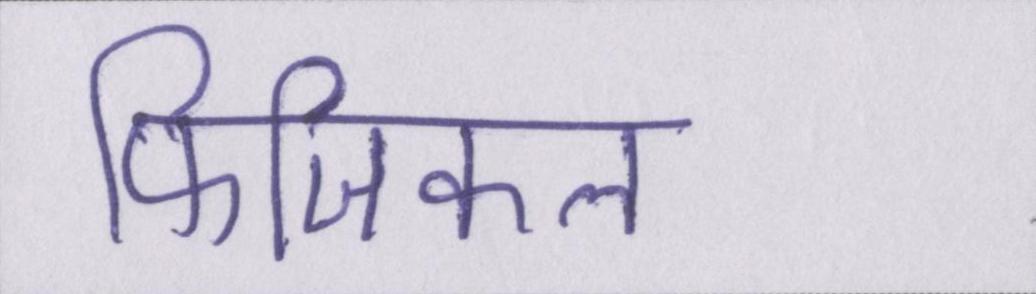
फिजिकल